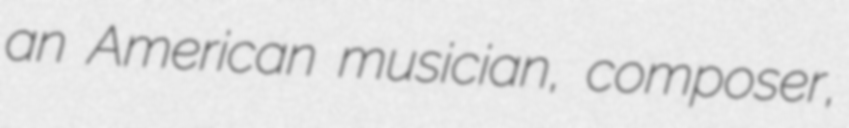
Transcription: an American musician, composer,